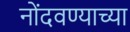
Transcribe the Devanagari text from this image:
नोंदवण्याच्या